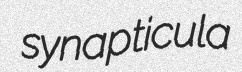
synapticula